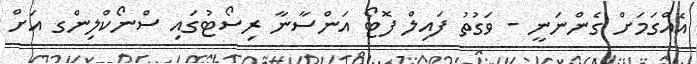
އެއްގަމަށް ގެންނަނީ - ވަގުތު ފައިލް ފޮޓޯ އަންސާނާ ރިސޯޓުގައި ސްނޯކްލިންގ އަށް